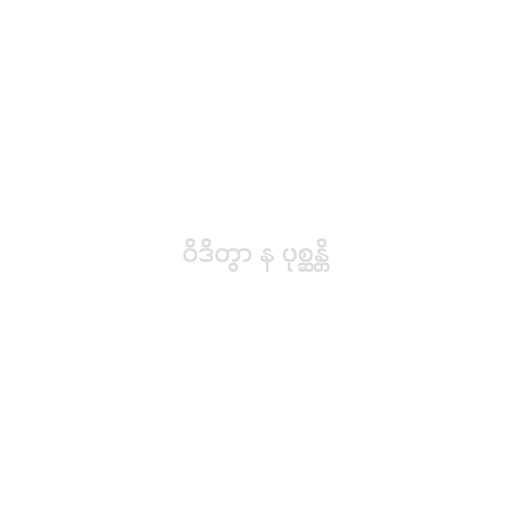
ဝိဒိတွာ န ပုစ္ဆန္တိ